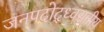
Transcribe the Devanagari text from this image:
जनपदोद्ध्वंसनीय